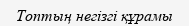
Топтың негізгі құрамы